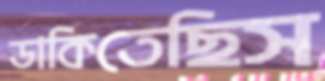
ডাকিতেছিস